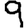
Digit: 9